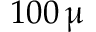
1 0 0 \, \upmu